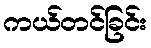
ကယ်တင်ခြင်း